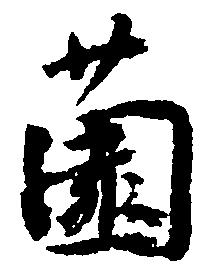
薗